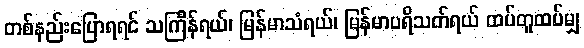
တစ်နည်းပြောရရင် သင်္ကြန်ရယ်၊ မြန်မာသံရယ်၊ မြန်မာပရိသတ်ရယ် ထပ်တူထပ်မျှ